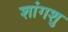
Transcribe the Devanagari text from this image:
शांगशु